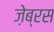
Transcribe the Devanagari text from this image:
ज़ेब्रस